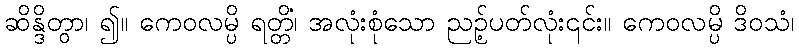
ဆိန္ဒိတွာ၊ ၍။ ကေဝလမ္ပိ ရတ္တိံ၊ အလုံးစုံသော ညဉ့်ပတ်လုံး၎င်း။ ကေဝလမ္ပိ ဒိဝသံ၊